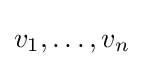
v_{1},\dots ,v_{n}